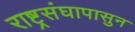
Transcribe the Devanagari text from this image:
राष्ट्रसंघापासुन